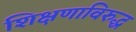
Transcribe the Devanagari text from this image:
शिक्षणाविरुद्ध